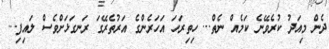
ދެން މިއަދު ކުރެވޭނެ ކަމެއް ނެތް... ހިތިރަހަ އަހަރެންގެ އަރުތެރޭގަ ރަނގަޅަށްވެސް ލައިފި...